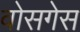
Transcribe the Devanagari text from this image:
वोसगेस